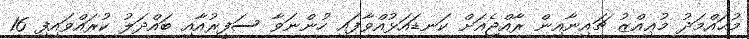
މުޙައްމަދު މުޢިއްޒު ޗައިނާއިން ރާއްޖެއަށް ކަނޑައަޅުއްވާފައި ހުންނަވާ ސަފީރުއާއި ބައްދަލު ކުރައްވައިފި 16